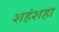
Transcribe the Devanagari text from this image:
शहंशहा